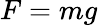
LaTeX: F=mg